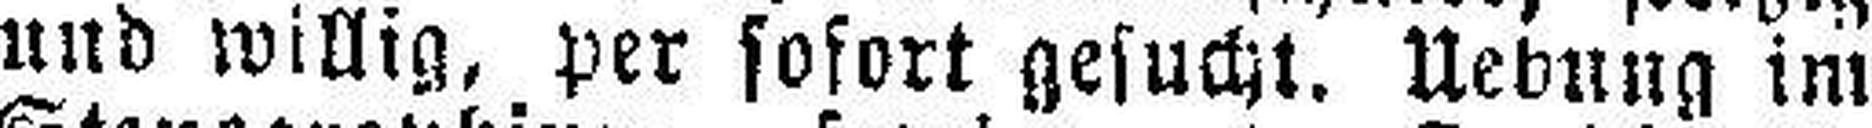
und willig, per sofort gesucht, Uebung im